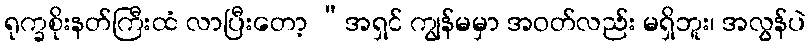
ရုက္ခစိုးနတ်ကြီးထံ လာပြီးတော့ “အရှင် ကျွန်မမှာ အဝတ်လည်း မရှိဘူး၊ အလွန်ပဲ